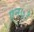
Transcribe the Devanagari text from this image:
एन७१